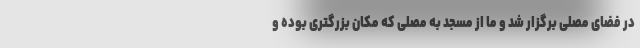
در فضای مصلی برگزار شد و ما از مسجد به مصلی که مکان بزرگتری بوده و